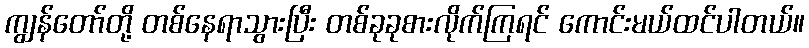
ကျွန်တော်တို့ တစ်နေရာသွားပြီး တစ်ခုခုစားလိုက်ကြရင် ကောင်းမယ်ထင်ပါတယ်။